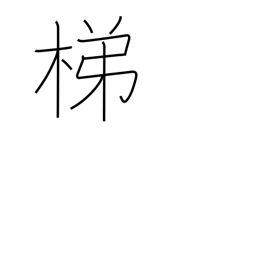
Meaning: insatiable drinking